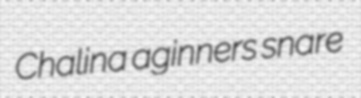
Chalina aginners snare